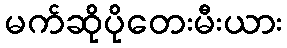
မက်ဆိုပိုတေးမီးယား